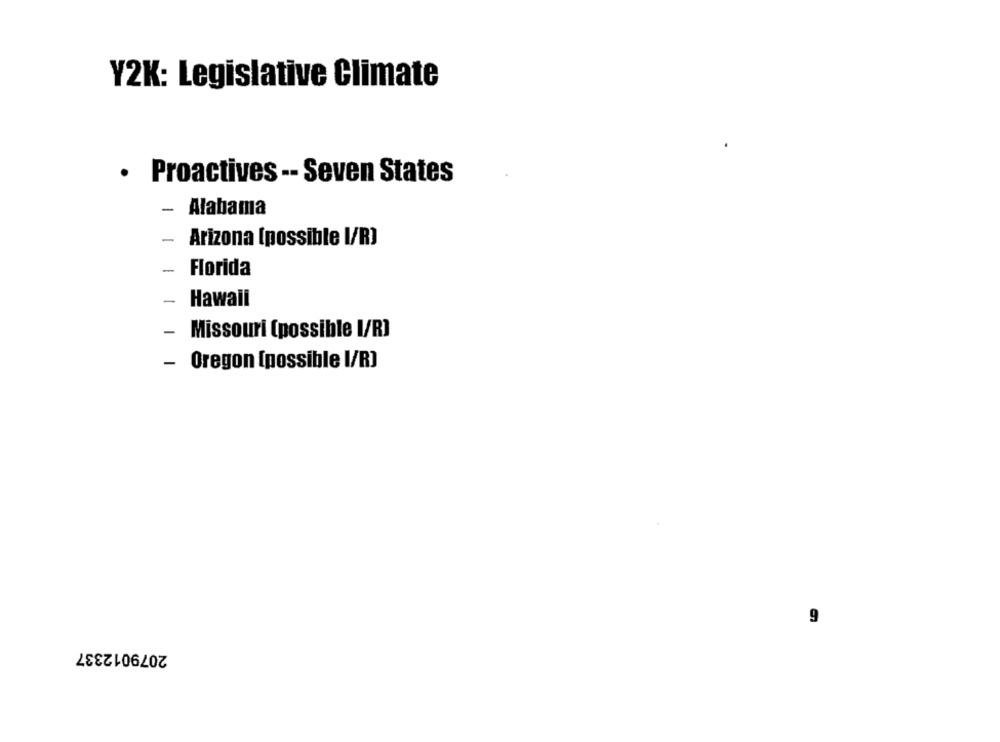
Y2K: Legislative Climate
· Proactives -- Seven States
-
Alabama
-
Arizona (possible I/R)
-
Florida
-
Hawall
- Missouri (possible I/R]
Oregon [possible I/R)
9
2079012337